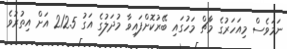
ނަމަވެސް މިއަހަރުގެ މާޗް މަހުގައި ބޭރުކޮށްފައިވާ މުދަލުގެ އަގު 212.5 އަށް އިތުރުވެ